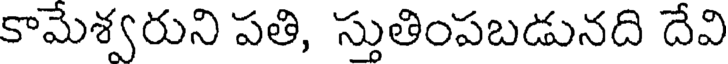
కామేశ్వరుని పతి, స్తుతింపబడునది దేవి